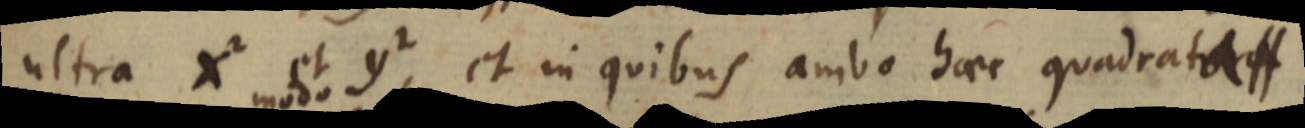
ultra x² et y², et in quibus ambo haec quadrata